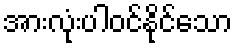
အားလုံးပါဝင်နိုင်သော